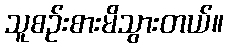
သူစဉ်းစားမိသွားတယ်။